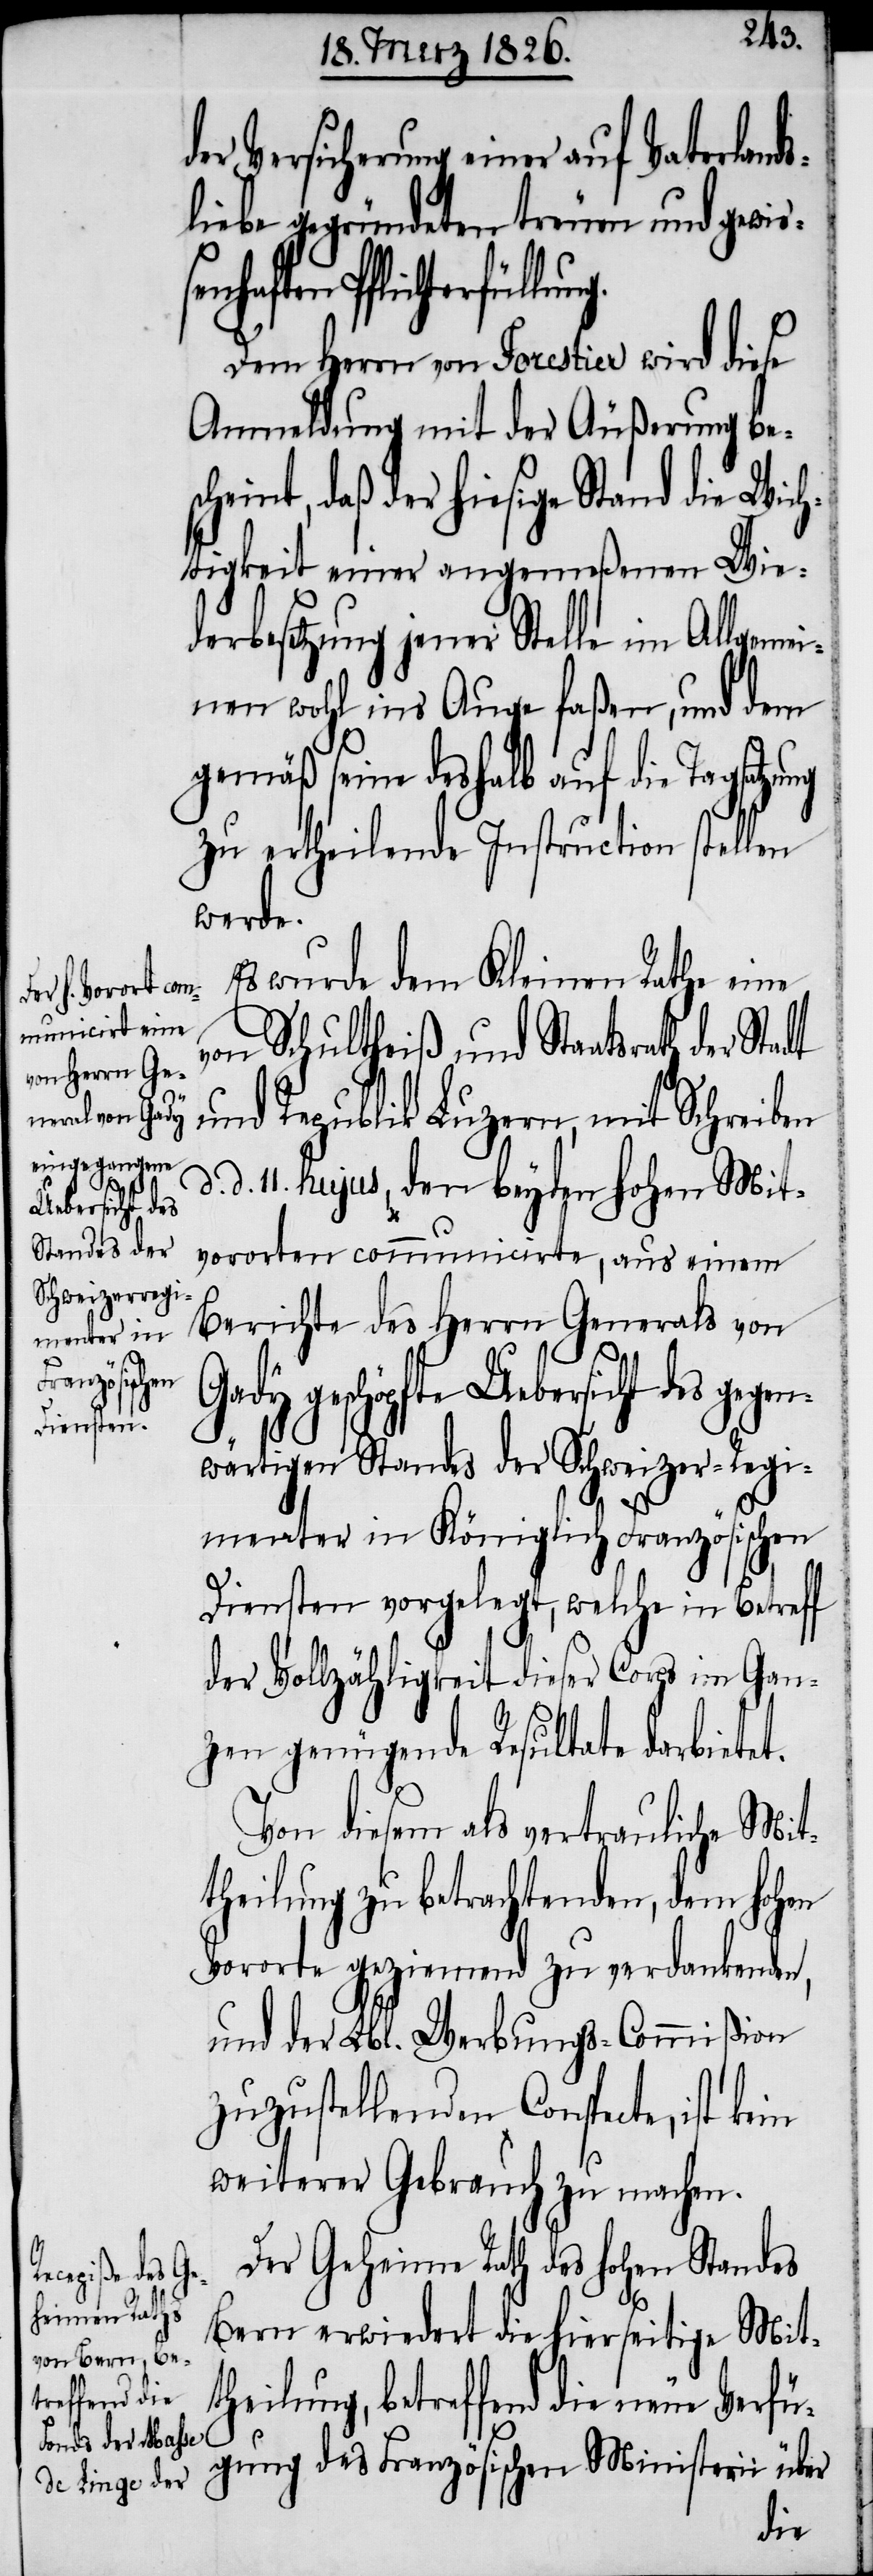
derb¬

der Versicherung einer auf Vaterlands¬
liebe gegründeten treuen und gewiß¬
enhaften Pflichterfül¬
Dem Herr von Forestier wird diese
Anmeldung mit der Äußerung bes¬
cheint, daß der hiesige Stand die Wic¬
htigkeit einer angemeßenen Wie¬
esetzung jener Stelle im Allgem¬
einen wohl ins Auge faßen, und dem
gemäß seine deshalb auf die Tagsatzung
zu ertheilende Instruction stellen
werde.
Es wurde dem Kleinen Rathe eine
von Schultheiß und Staatsrath der
und Republik Luzern, mit Schreiben
d. 11. hujus, den beyden hohen Mit¬
vororten communicirte, aus einem
Berichte des Herrn Generals von
geschöpfte Uebersicht des gege¬
nwärtigen Standes der Schweizer-Regi¬
menter in Königlich Französischen
Diensten vorgelegt, welche in Betreff
der Vollzähligkeit dieser Corps im Gan¬
zen genügende Resultate darbietet.
Von diesem als vertrauliche Mit¬
theilung zu betrachtenden, dem hohen
Vororte geziemend zu verdankenden,
und der Lbl. Werbungs-Commißion
zuzustellenden Conspecte, ist
weiterer Gebrauch zu machen.
Der Geheime Rath des hohen Standes
Bern erwiedert die hierseitige Mit¬
theilung, betreffend die neue Verfü¬
gung des Französischen Ministerii über